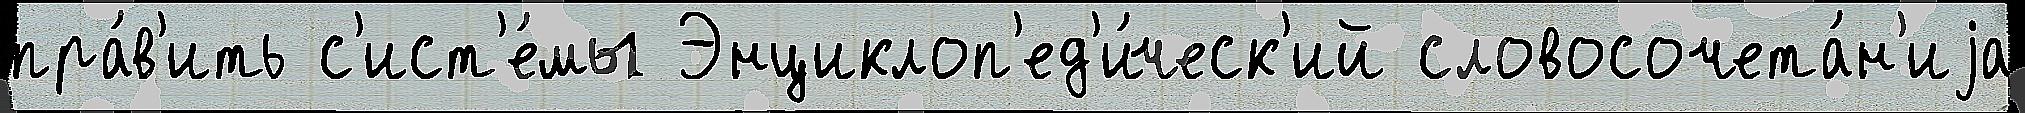
пра́в'ить с'ист'е́мы Энциклоп'ед'и́ческ'ий словосочета́н'иjа